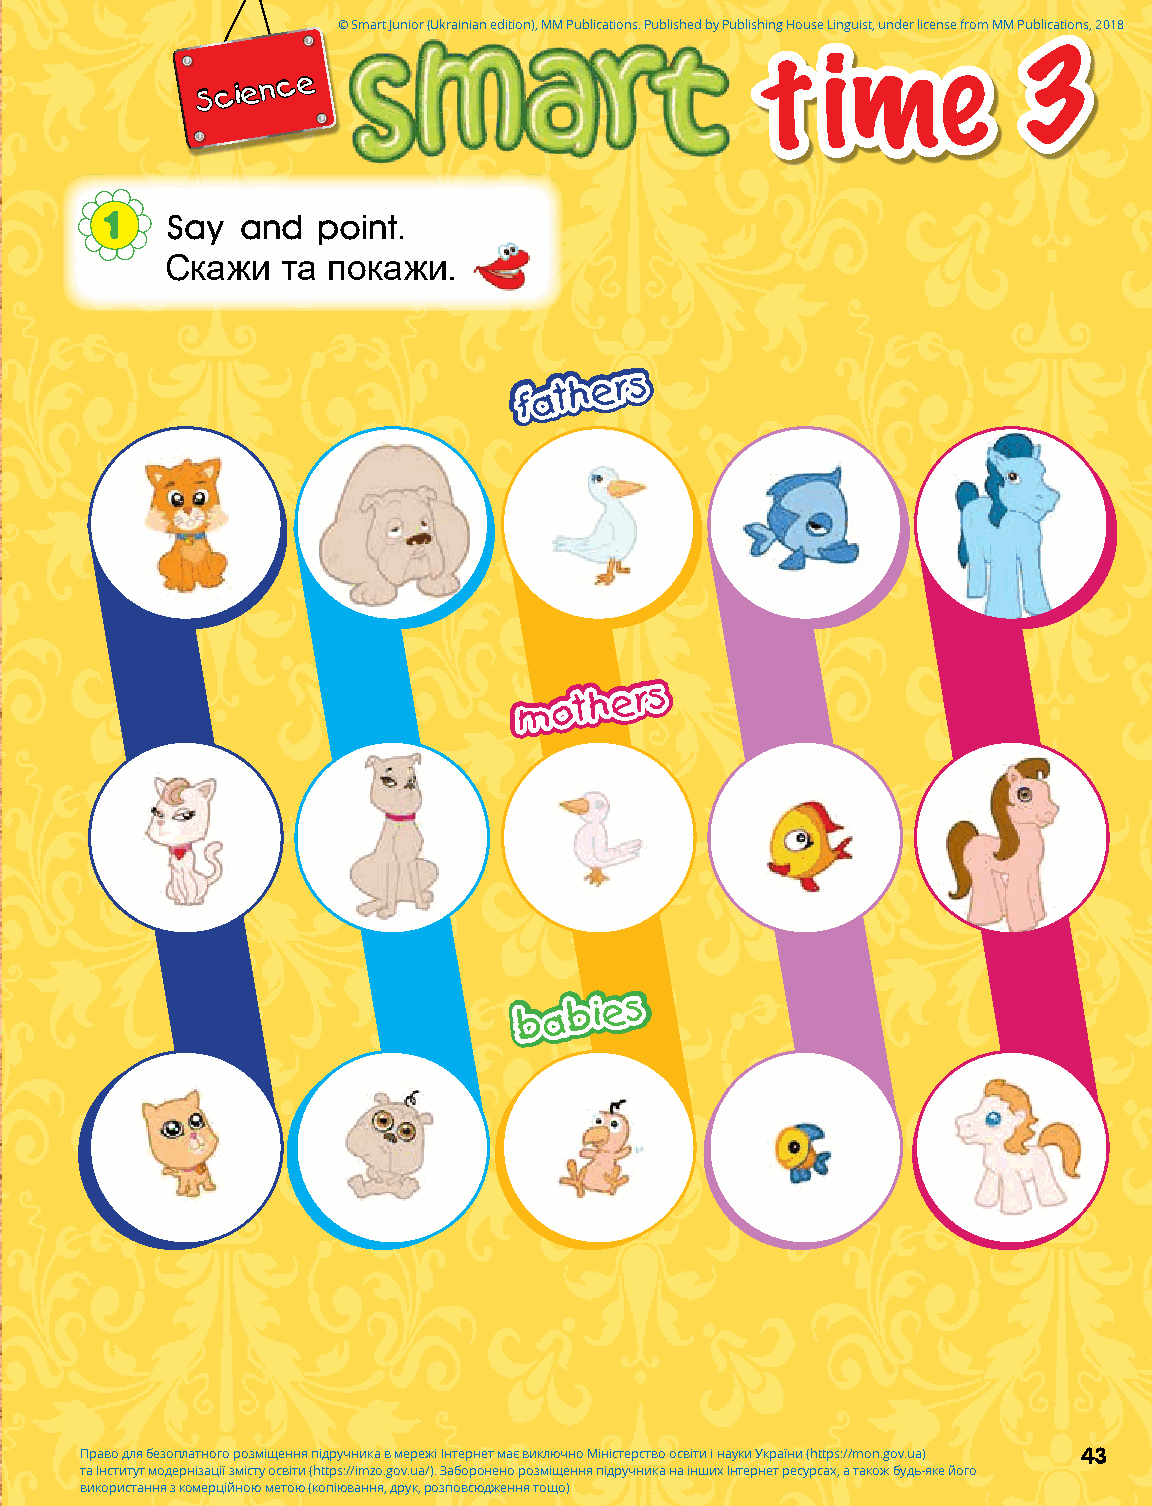
© Smart Junior (Ukrainian edition), MM Publications. Published by Publishing House Linguist, under license from MM Publications, 2018
 t   ime           3
 Science
 1   Say  and  point.
 Скажи   та покажи.
 ffaatthheerr ss
 mmootthh
 eerr ss
 bbaa bbii
 eess
 Право для безоплатного розміщення підручника в мережі Інтернет має виключно Міністерство освіти і науки України (https://mon.gov.ua) 43
 та Інститут модернізації змісту освіти (https://imzo.gov.ua/). Заборонено розміщення підручника на інших Інтернет ресурсах, а також будь-яке його
 використання з комерційною метою (копіювання, друк, розповсюдження тощо)